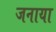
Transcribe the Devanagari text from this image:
जनाया